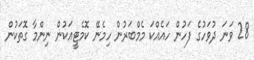
28 ވަނަ ދުވަހުގެ ފަހުން ހައެއްކަ މެމްބަަރުން ހިމެނޭ ކޮމެޓީއަކުން ނިންމާ ގޮތަކުން